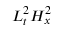
L _ { t } ^ { 2 } H _ { x } ^ { 2 }